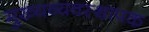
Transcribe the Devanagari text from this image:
मुख्यव्यवस्थापक